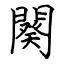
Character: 闋